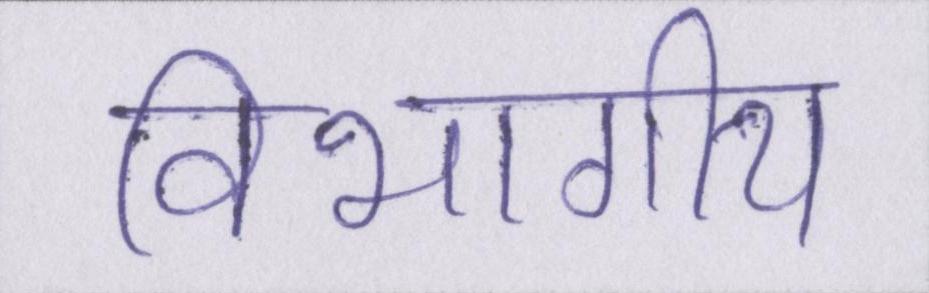
विभागीय